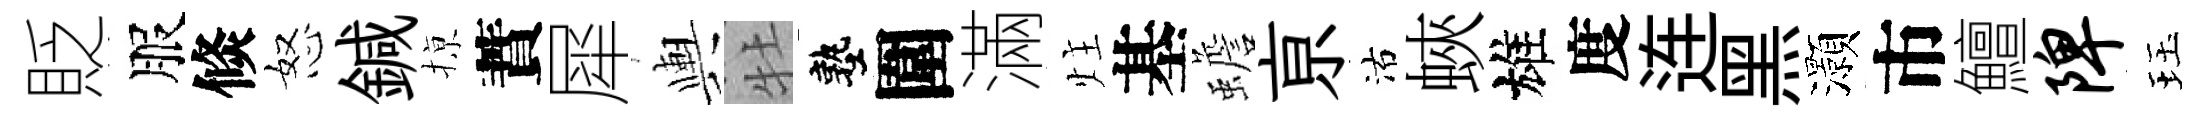
貶服倐怒鍼𢱊蕡犀輿牡塾圍滿炷基蟾亰沽蛺雄度连黑灝市鱣陴珏